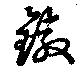
鐓